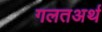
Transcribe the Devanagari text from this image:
गलतअर्थ